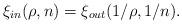
LaTeX: \begin{align*}\xi_{\small in}(\rho,n) = \xi_{\small out}(1/\rho,1/n).\end{align*}